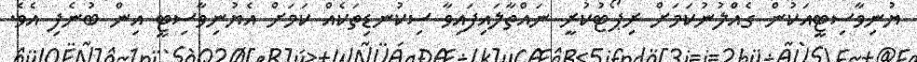
ޔުނިވާސިޓީއަކުން ގެއްލުނުކަމަށް ރިޕޯޓުކުރީ ނައްތާލައިފައިވާ ސިކުނޑިތަކެއް ކަަމަށް އެޔުނިވާސިޓީ އިން ބުނެފި އެވެ.